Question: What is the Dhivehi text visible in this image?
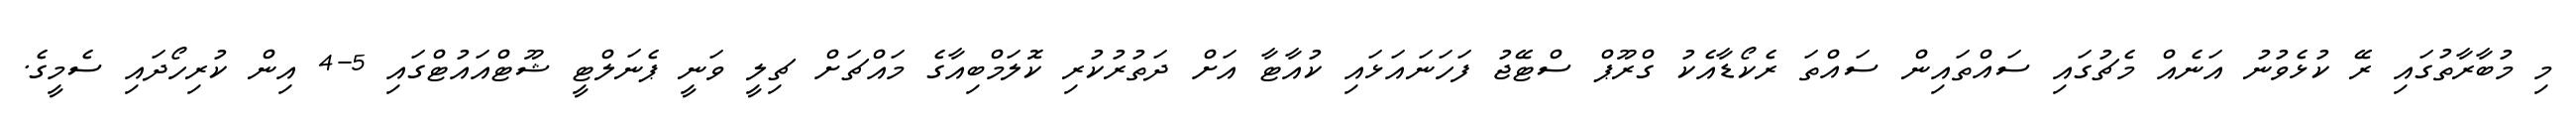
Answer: މި މުބާރާތުގައި ރޭ ކުޅެވުނު އަނެއް މެޗުގައި ސައްތައިން ސައްތަ ރެކޯޑާއެކު ގްރޫޕް ސްޓޭޖު ފަހަނައަޅައި ކުއާޓާ އަށް ދަތުރުކުރި ކޮލަމްބިއާގެ މައްޗަށް ޗިލީ ވަނީ ޕެނަލްޓީ ޝޫޓްއައުޓްގައި 5-4 އިން ކުރިހޯދައި ސެމީގެ.